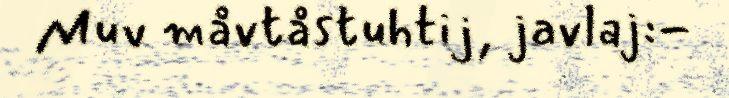
Muv måvtåstuhtij, javlaj:-